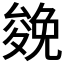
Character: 𠬍